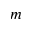
m